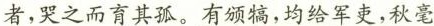
者，哭之而育其孤。\underline{有颁犒，均给军吏，秋毫}